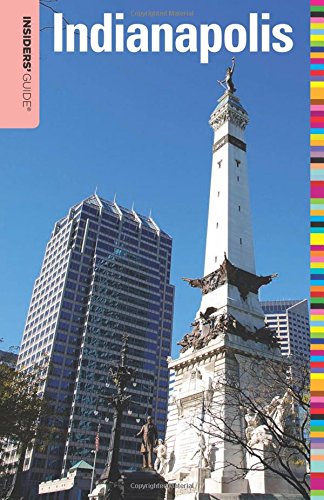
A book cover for Insiders' GuideÂ® to Indianapolis (Insiders' Guide Series); Jackie Sheckler Finch; Travel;